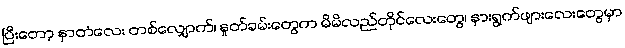
ပြီးတော့ နှာတံလေး တစ်လျှောက်၊ နှုတ်ခမ်းတွေက မိမိလည်တိုင်လေးတွေ၊ နားရွက်ဖျားလေးတွေမှာ